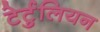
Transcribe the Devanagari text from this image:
टेर्टुलियन